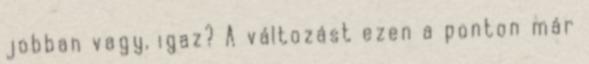
jobban vagy, igaz? A változást ezen a ponton már